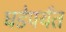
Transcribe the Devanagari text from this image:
घडेपर्यंत